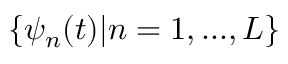
\{ \psi _ { n } ( t ) | n = 1 , . . . , L \}